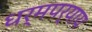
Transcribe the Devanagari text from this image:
धर्मपर्याय